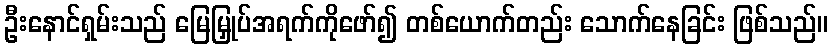
ဦးနောင်ရှမ်းသည် မြေမြှုပ်အရက်ကိုဖော်၍ တစ်ယောက်တည်း သောက်နေခြင်း ဖြစ်သည်။